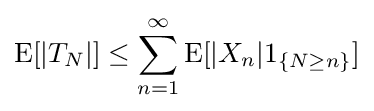
\operatorname {E} [|T_{N}|]\leq \sum _{n=1}^{\infty }\operatorname {E} [|X_{n}|1_{\{N\geq n\}}]